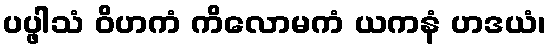
ပပ္ဖါသံ ဝိဟကံ ကိလောမကံ ယကနံ ဟဒယံ၊